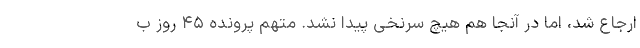
ارجاع شد، اما در آنجا هم هیچ سرنخی پیدا نشد. متهم پرونده ۴۵ روز ب